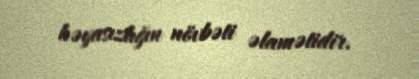
həyasızlığın növbəti əlamətidir.